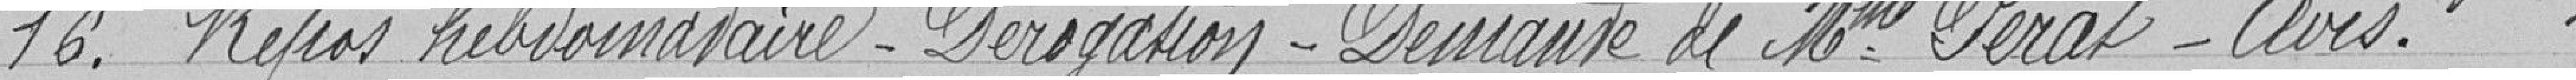
16. Repos hebdomadaire - Dérogation - Demande de Madame Pérat - Avis.